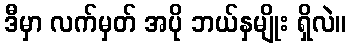
ဒီမှာ လက်မှတ် အပို ဘယ်နှမျိုး ရှိလဲ။